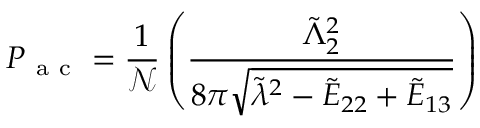
P _ { \mathrm { ~ a ~ c ~ } } = \frac { 1 } { \mathcal { N } } \left( \frac { \tilde { \Lambda } _ { 2 } ^ { 2 } } { 8 \pi \sqrt { \tilde { \lambda } ^ { 2 } - \tilde { E } _ { 2 2 } + \tilde { E } _ { 1 3 } } } \right)